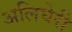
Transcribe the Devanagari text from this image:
अलिघेरी